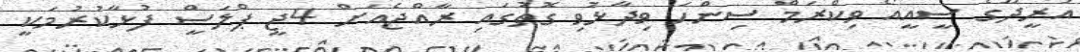
އުރީދޫގެ ސީއީއޯ ވިކްރަމް ސިންހަ ވިދާޅުވި ގޮތުގައި ރާއްޖެއަށް 4ޖީ ޕްލަސްީ ފުޅާކުރުމަކީ